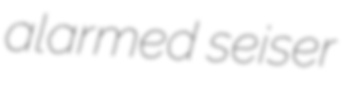
alarmed seiser